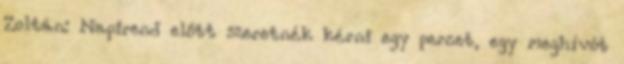
Zoltán: Napirend előtt szeretnék kérni egy percet, egy meghívót